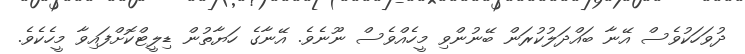
ދުވަހަކުވެސް އޭނާ ބައްދަލުކުރަން ބޭނުންވި މީހެއްވެސް ނޫނެވެ. އޭނާގެ ހަޔާތުން ޑިލީޓްކޮށްފައިވާ މީހެކެވެ.